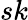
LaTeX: sk